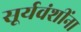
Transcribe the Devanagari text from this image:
सूर्यवंशींना